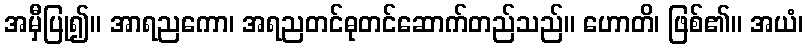
အမှီပြု၍။ အာရညကော၊ အရညတင်ဓုတင်ဆောက်တည်သည်။ ဟောတိ၊ ဖြစ်၏။ အယံ၊